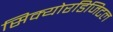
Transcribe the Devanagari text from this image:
सिक्योरडिजिटल